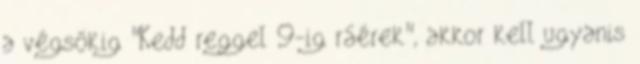
a végsőkig "Kedd reggel 9-ig ráérek", akkor kell ugyanis